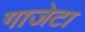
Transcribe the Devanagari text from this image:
गाजेटा